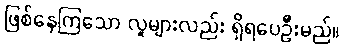
ဖြစ်နေကြသော လူများလည်း ရှိရပေဦးမည်။